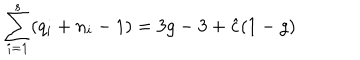
\sum _ { i = 1 } ^ { s } ( q _ { i } + n _ { i } - 1 ) = 3 g - 3 + { \hat { c } } ( 1 - g )